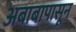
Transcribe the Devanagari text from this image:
अबाबापासून